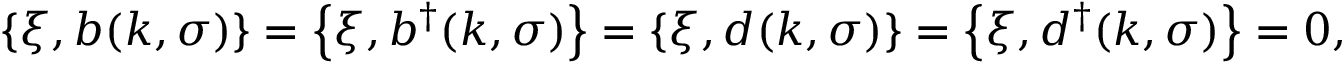
\left\{ \xi , b ( k , \sigma ) \right\} = \left\{ \xi , b ^ { \dagger } ( k , \sigma ) \right\} = \left\{ \xi , d ( k , \sigma ) \right\} = \left\{ \xi , d ^ { \dagger } ( k , \sigma ) \right\} = 0 ,